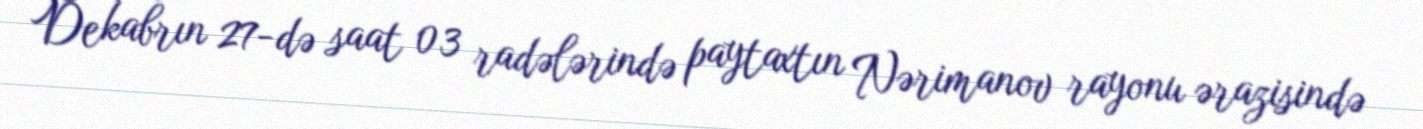
Dekabrın 27-də saat 03 radələrində paytaxtın Nərimanov rayonu ərazisində